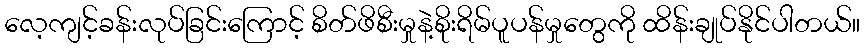
လေ့ကျင့်ခန်းလုပ်ခြင်းကြောင့် စိတ်ဖိစီးမှုနဲ့စိုးရိမ်ပူပန်မှုတွေကို ထိန်းချုပ်နိုင်ပါတယ်။